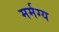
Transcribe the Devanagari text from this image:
मर्मग्य